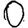
Digit: 0